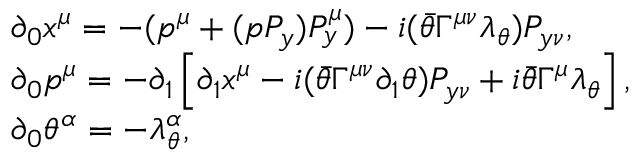
\begin{array} { l } { { \qquad \partial _ { 0 } x ^ { \mu } = - ( p ^ { \mu } + ( p P _ { y } ) P _ { y } ^ { \mu } ) - i ( \bar { \theta } \Gamma ^ { \mu \nu } \lambda _ { \theta } ) P _ { y \nu } , } } \\ { { \qquad \partial _ { 0 } p ^ { \mu } = - \partial _ { 1 } \left[ \partial _ { 1 } x ^ { \mu } - i ( \bar { \theta } \Gamma ^ { \mu \nu } \partial _ { 1 } \theta ) P _ { y \nu } + i \bar { \theta } \Gamma ^ { \mu } \lambda _ { \theta } \right] , } } \\ { { \qquad \partial _ { 0 } \theta ^ { \alpha } = - \lambda _ { \theta } ^ { \alpha } , } } \end{array}